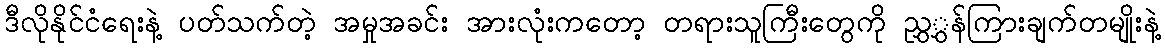
ဒီလိုနိုင်ငံရေးနဲ့ ပတ်သက်တဲ့ အမှုအခင်း အားလုံးကတော့ တရားသူကြီးတွေကို ညွှွှန်ကြားချက်တမျိုးနဲ့